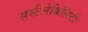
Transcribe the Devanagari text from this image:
सस्टैनेबिलिटी